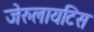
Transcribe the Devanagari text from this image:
जेरुलायटिस